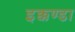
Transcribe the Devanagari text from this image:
इक्कण्डा